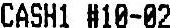
CASH1 #10-02